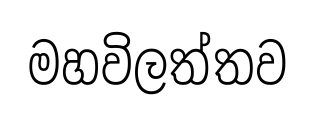
මහවිලත්තව